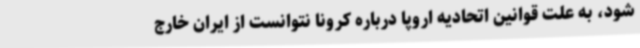
شود، به علت قوانین اتحادیه اروپا درباره کرونا نتوانست از ایران خارج